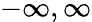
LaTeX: -\infty,\infty